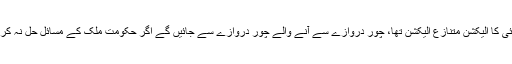
انہوں نے ایک مرتبہ پھر کہا کہ جولائی کا الیکشن متنازع الیکشن تھا، چور دروازے سے آنے والے چور دروازے سے جائیں گے اگر حکومت ملک کے مسائل حل نہ کر سکی تو اسےخود ہی چلا جانا چاہیے۔